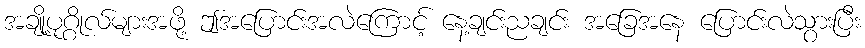
အချို့ပုဂ္ဂိုလ်များအဖို့ ဤအပြောင်းအလဲကြောင့် နေ့ချင်းညချင်း အခြေအနေ ပြောင်းလဲသွားပြီး